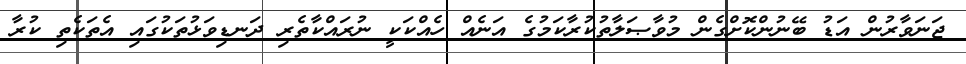
ޖަނަވާރުން އަޑު ބޭނުންކޮށްގެން މުވާޞަލާތުކުރާކަމުގެ އަނެއް ހެއްކަކީ ނުރައްކާތެރި ދަނޑިވަޅުތަކުގައި އެތަކެތި ކުރާ